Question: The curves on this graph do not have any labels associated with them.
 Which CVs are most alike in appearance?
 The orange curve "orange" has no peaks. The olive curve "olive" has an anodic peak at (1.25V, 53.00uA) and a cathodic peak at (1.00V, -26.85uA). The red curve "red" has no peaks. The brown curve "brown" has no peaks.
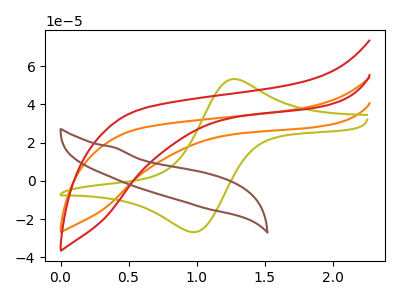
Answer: <think>"orange" and "olive" have a different number of peaks. Neither "orange" or "red" have any peaks. Neither "orange" or "brown" have any peaks. "olive" and "red" have a different number of peaks. "olive" and "brown" have a different number of peaks. Neither "red" or "brown" have any peaks.
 </think>
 <answer>"orange", "red" and "brown" have the same shape and are likely CV's of the same chemical.</answer>
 <eval>"orange" "red" "brown"</eval>